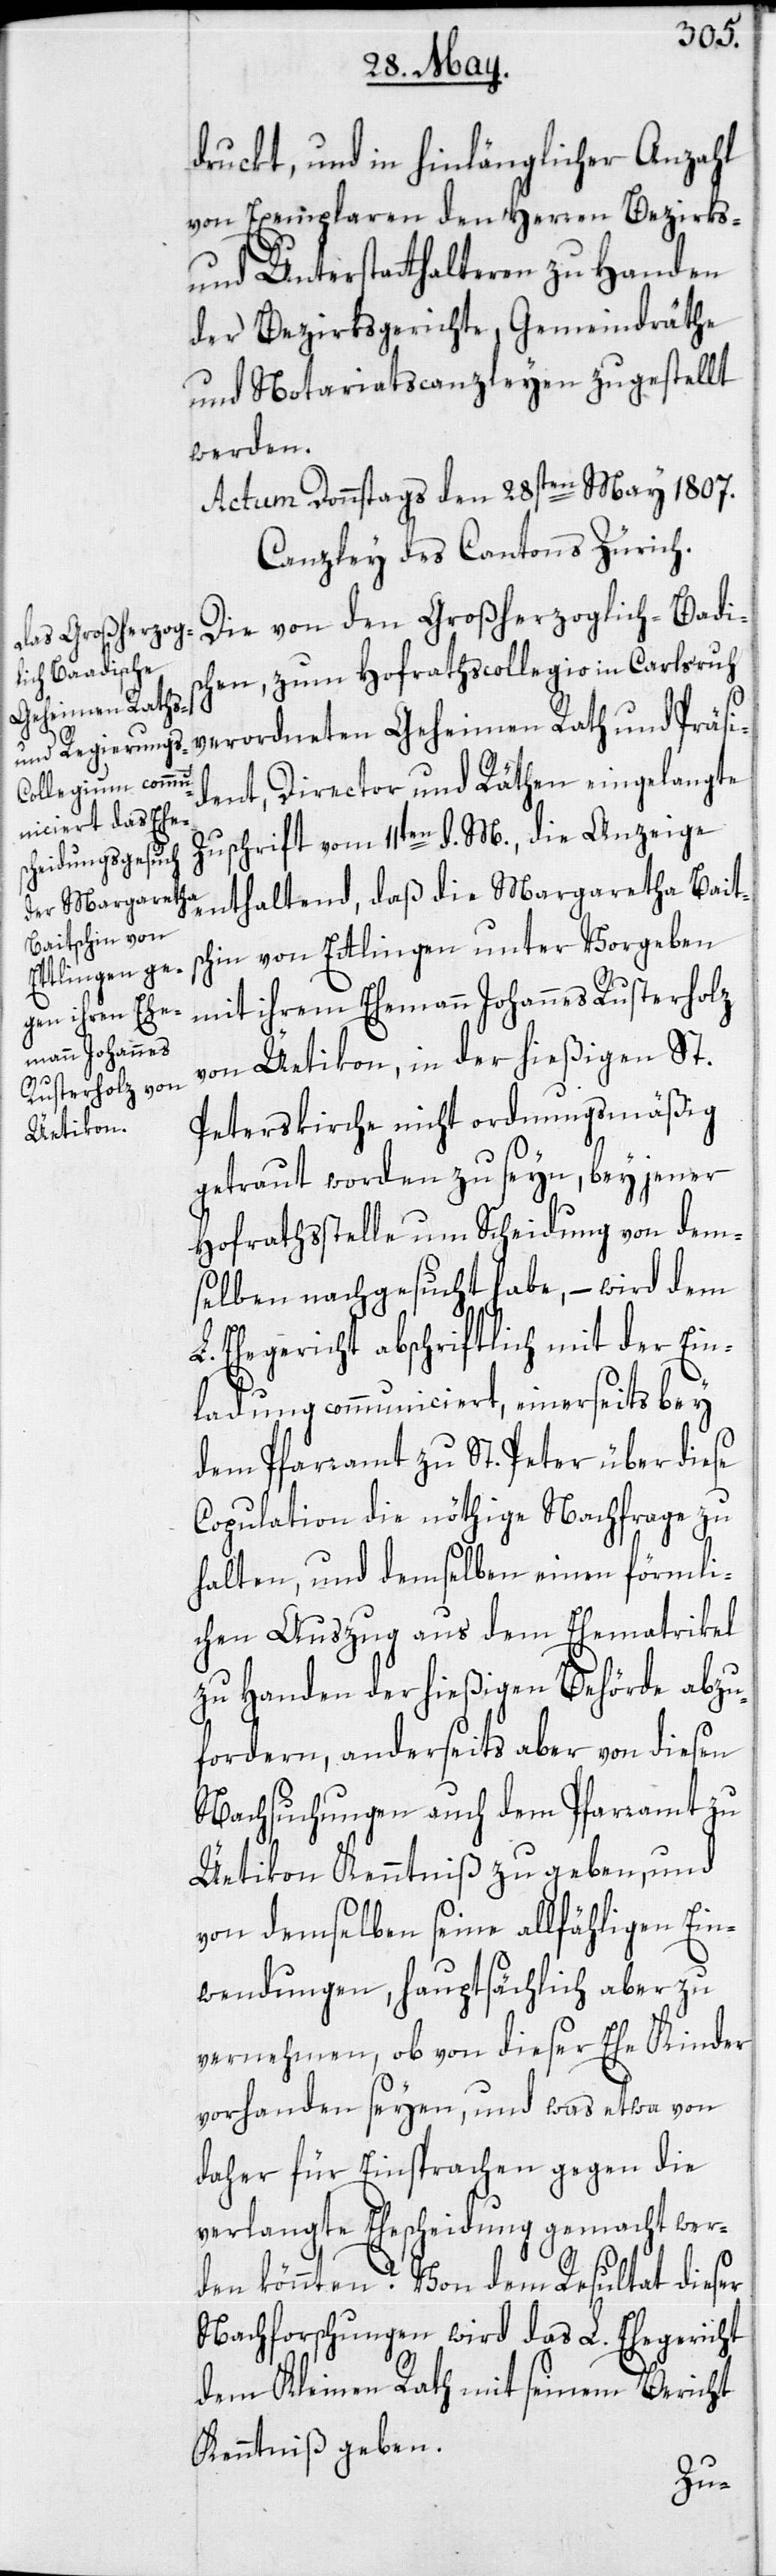
druckt, und in hinlänglicher Anzahl
von Exemplaren den Herren Bezirks-
und Unterstatthalteren zu Handen
der Bezirksgerichte, Gemeindräthe
und Notariatscanzleyen zugestellt
werden.
Actum Donnstags den 28sten May 1807.
Canzley des Cantons Zürich.
Die von den Großherzoglich-Badis¬
chen, zum Hofrathscollegio in Carlsruh
verordneten Geheimen Rath und Präsi¬
dent, Director und Räthen eingelangte
Zuschrift vom 11ten d. M., die Anzeige
enthaltend, daß die Margaretha Bait¬
schin von Ettlingen unter Vorgeben
mit ihrem Ehemann Johannes Rusterholz
von Uetikon, in der hießigen St.
Peterskirche nicht ordnungsmäßig
getraut worden zu seyn, bey jener
Hofrathsstelle um Scheidung von dem¬
selben nachgesucht habe, – wird dem
Ehegericht abschriftlich mit der Ein¬
ladung communiciert, einerseits bey
dem Pfarramt zu St. Peter über diese
Copulation die nöthige Nachfrage zu
halten, und demselben einen förmli¬
chen Auszug aus dem Ehematrikel
zu Handen der hießigen Behörde abzu¬
fordern, anderseits aber von diesen
Nachsuchungen auch dem Pfarramt zu
Uetikon Kenntniß zu geben, und
von demselben seine allfähligen Ein¬
wendungen, hauptsächlich aber zu
vernehmen, ob von dieser Ehe Kinder
vorhanden seyen, und was etwa von
daher für Einsprachen gegen die
verlangte Ehescheidung gemacht wer¬
den könnten. Von dem Resultat dieser
Nachforschungen wird das L. Ehegericht
dem Kleinen Rath mit seinem Bericht
Kenntniß geben.